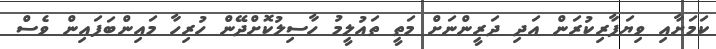
ކަމަށާއި ވިޔަފާރިކުރަން އަދި ދަރީންނަށް މަތީ ތައުލީމު ހާސިލުކޮށްދޭން ހުރިހާ މައިންބަފައިން ވެސް